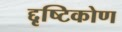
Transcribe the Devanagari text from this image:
द्दृष्टिकोण